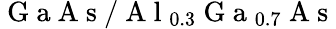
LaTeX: \mathrm{~G~a~A~s~}/\mathrm{~A~l~}_{0.3}\mathrm{~G~a~}_{0.7}\mathrm{~A~s~}